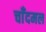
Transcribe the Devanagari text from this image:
चाँदमल